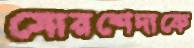
মোরশেদাকে